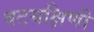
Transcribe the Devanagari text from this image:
वटयक्षिणी